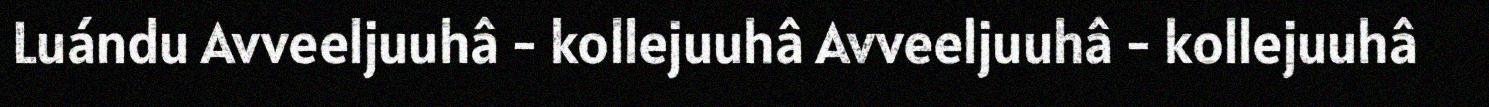
Luándu Avveeljuuhâ - kollejuuhâ Avveeljuuhâ - kollejuuhâ